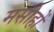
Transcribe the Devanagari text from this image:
मसीहों